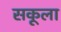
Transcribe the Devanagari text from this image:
सकूला